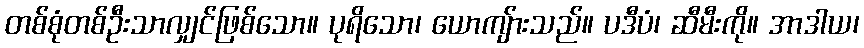
တစ်စုံတစ်ဦးသာလျှင်ဖြစ်သော။ ပုရိသော၊ ယောကျ်ားသည်။ ပဒီပံ၊ ဆီမီးကို။ အာဒါယ၊